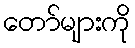
တော်များကို